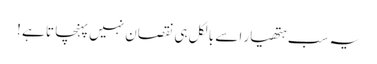
یہ سب ہتھیار اسے بالکل ہی نقصان نہیں پہنچا تا ہے !